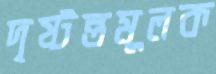
দৃষ্টন্তমূলক